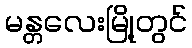
မန္တလေးမြို့တွင်